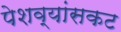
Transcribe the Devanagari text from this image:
पेशव्यांसकट